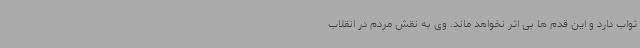
ثواب دارد و این قدم ها بی اثر نخواهد ماند. وی به نقش مردم در انقلاب